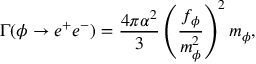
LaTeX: \Gamma ( \phi \to e ^ { + } e ^ { - } ) = \frac { 4 \pi \alpha ^ { 2 } } { 3 } \left( \frac { f _ { \phi } } { m _ { \phi } ^ { 2 } } \right) ^ { 2 } m _ { \phi } ,